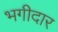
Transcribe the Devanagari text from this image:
भगीदार